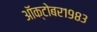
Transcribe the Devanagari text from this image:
ऑक्‍टोबर१९८३